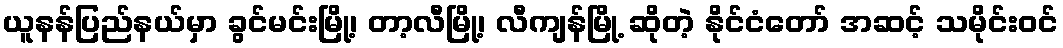
ယူနန်ပြည်နယ်မှာ ခွင်မင်းမြို့၊ တာ့လီမြို့၊ လီကျန်မြို့ ဆိုတဲ့ နိုင်ငံတော် အဆင့် သမိုင်းဝင်